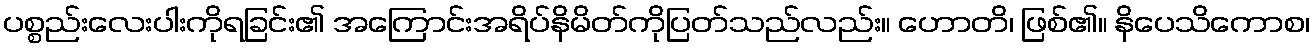
ပစ္စည်းလေးပါးကိုရခြင်း၏ အကြောင်းအရိပ်နိမိတ်ကိုပြတ်သည်လည်း။ ဟောတိ၊ ဖြစ်၏။ နိပေသိကောစ၊